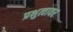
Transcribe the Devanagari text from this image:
प्रभुत्वावर